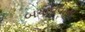
બચાવવાની